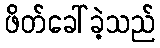
ဖိတ်ခေါ်ခဲ့သည်